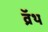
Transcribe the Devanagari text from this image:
व्रॅथ